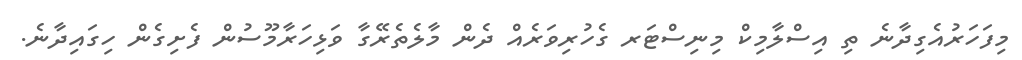
މިފަހަރުއެގިދާނެ ތި އިސްލާމިކް މިނިސްޓަރ ގެހުރިވަރެއް ދެން މާލެތެރޭގާ ވަޅިހަރާމޫސުން ފެށިގެން ހިގައިދާނެ.